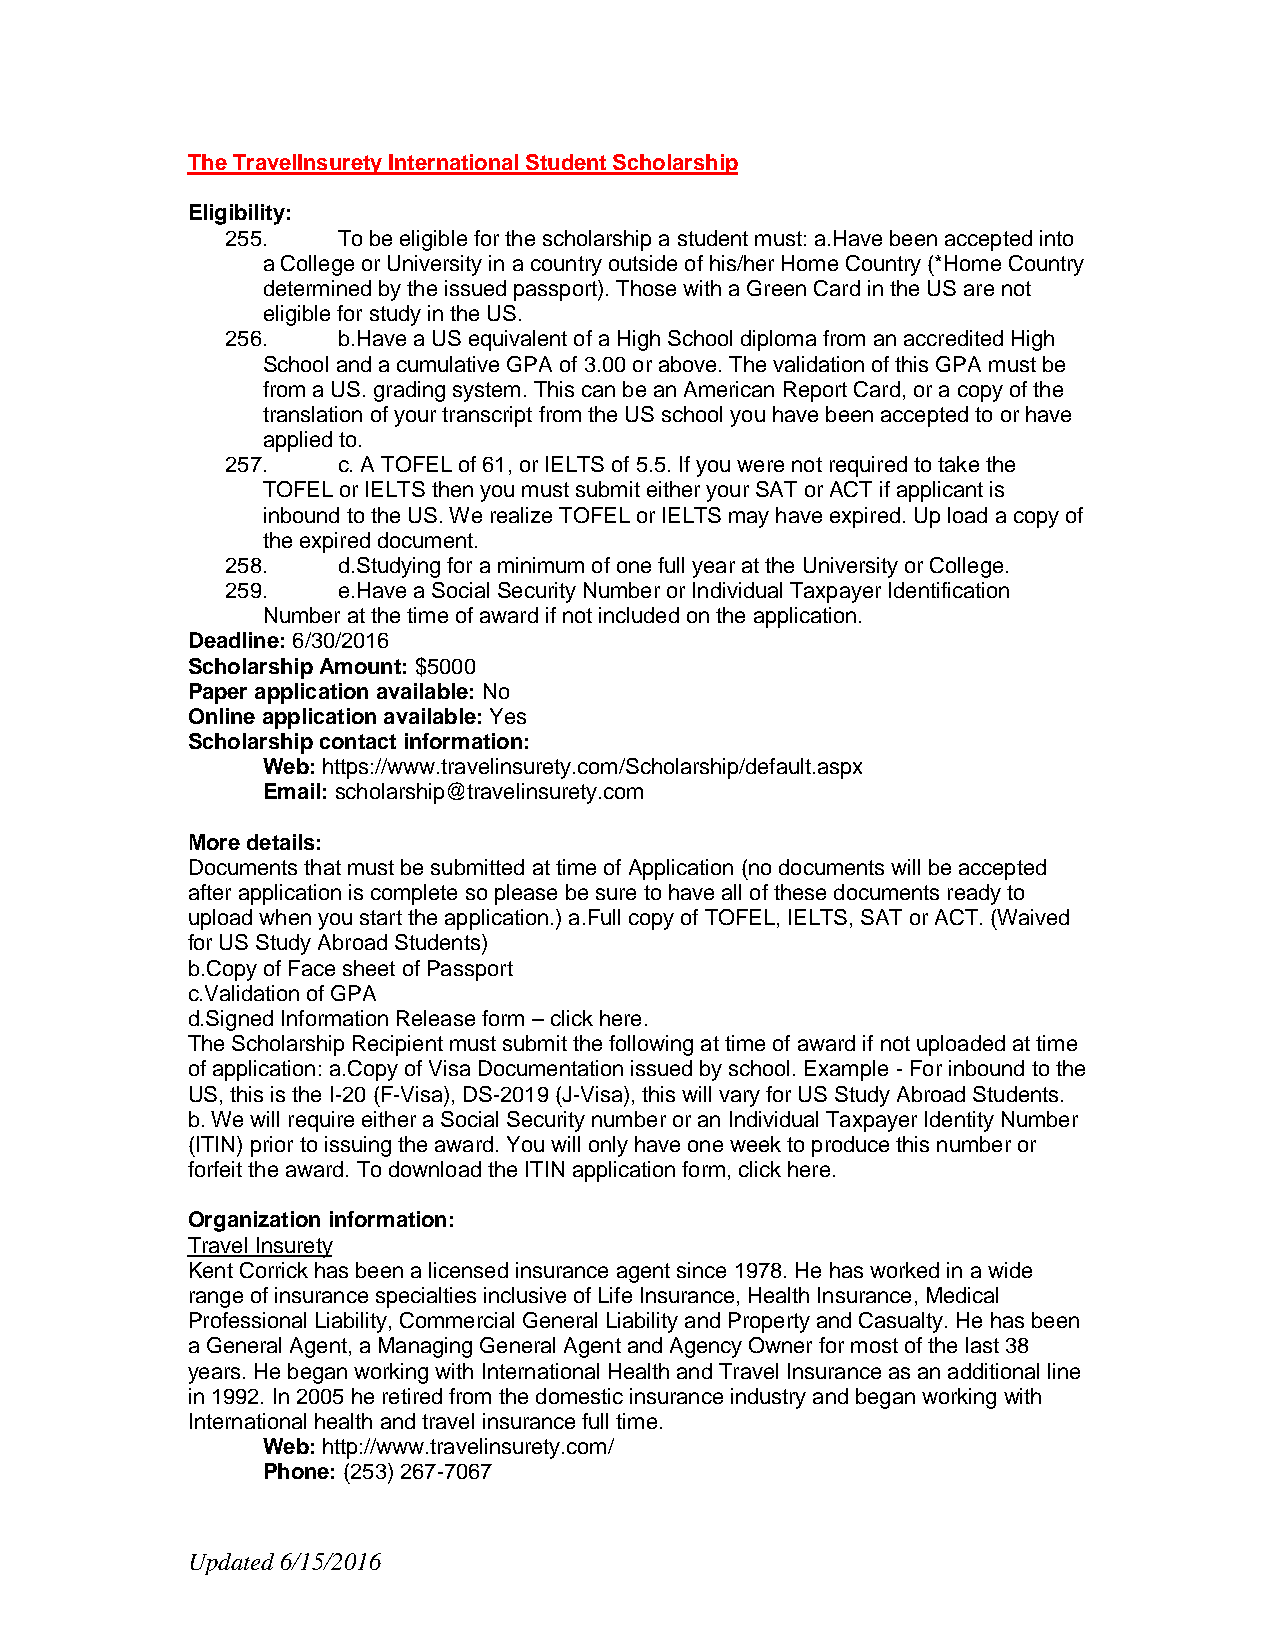
The TravelInsurety International Student Scholarship
 Eligibility:
 255.   To be eligible for the scholarship a student must: a.Have been accepted into
 a College or University in a country outside of his/her Home Country (*Home Country
 determined by the issued passport). Those with a Green Card in the US are not
 eligible for study in the US.
 256.   b.Have a US equivalent of a High School diploma from an accredited High
 School and a cumulative GPA of 3.00 or above. The validation of this GPA must be
 from a US. grading system. This can be an American Report Card, or a copy of the
 translation of your transcript from the US school you have been accepted to or have
 applied to.
 257.   c. A TOFEL of 61, or IELTS of 5.5. If you were not required to take the
 TOFEL or IELTS then you must submit either your SAT or ACT if applicant is
 inbound to the US. We realize TOFEL or IELTS may have expired. Up load a copy of
 the expired document.
 258.   d.Studying for a minimum of one full year at the University or College.
 259.   e.Have a Social Security Number or Individual Taxpayer Identification
 Number at the time of award if not included on the application.
 Deadline: 6/30/2016
 Scholarship Amount: $5000
 Paper application available: No
 Online application available: Yes
 Scholarship contact information:
 Web: https://www.travelinsurety.com/Scholarship/default.aspx
 Email: scholarship@travelinsurety.com
 More details:
 Documents that must be submitted at time of Application (no documents will be accepted
 after application is complete so please be sure to have all of these documents ready to
 upload when you start the application.) a.Full copy of TOFEL, IELTS, SAT or ACT. (Waived
 for US Study Abroad Students)
 b.Copy of Face sheet of Passport
 c.Validation of GPA
 d.Signed Information Release form – click here.
 The Scholarship Recipient must submit the following at time of award if not uploaded at time
 of application: a.Copy of Visa Documentation issued by school. Example - For inbound to the
 US, this is the I-20 (F-Visa), DS-2019 (J-Visa), this will vary for US Study Abroad Students.
 b. We will require either a Social Security number or an Individual Taxpayer Identity Number
 (ITIN) prior to issuing the award. You will only have one week to produce this number or
 forfeit the award. To download the ITIN application form, click here.
 Organization information:
 Travel Insurety
 Kent Corrick has been a licensed insurance agent since 1978. He has worked in a wide
 range of insurance specialties inclusive of Life Insurance, Health Insurance, Medical
 Professional Liability, Commercial General Liability and Property and Casualty. He has been
 a General Agent, a Managing General Agent and Agency Owner for most of the last 38
 years. He began working with International Health and Travel Insurance as an additional line
 in 1992. In 2005 he retired from the domestic insurance industry and began working with
 International health and travel insurance full time.
 Web: http://www.travelinsurety.com/
 Phone: (253) 267-7067
 Updated 6/15/2016